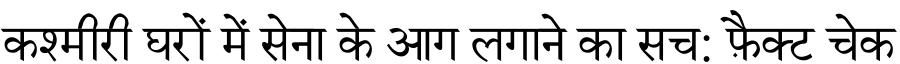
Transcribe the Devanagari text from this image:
कश्मीरी घरों में सेना के आग लगाने का सच: फ़ैक्ट चेक